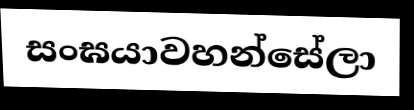
සංඝයාවහන්සේලා